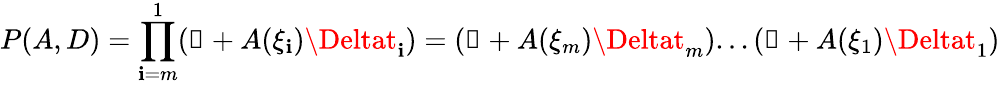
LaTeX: P(A,D)=\prod_{\mathbf{i}=m}^{1}(\mathbb{{1}}+A(\xi_{\mathbf{i}})\Deltat_{\mathbf{i}})=(\mathbb{{1}}+A(\xi_{m})\Deltat_{m})...(\mathbb{{1}}+A(\xi_{1})\Deltat_{1})